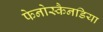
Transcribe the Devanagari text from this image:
फेनोस्कैनडिया